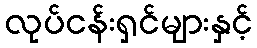
လုပ်ငန်းရှင်များနှင့်